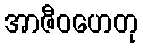
အာဇီဝဟေတု